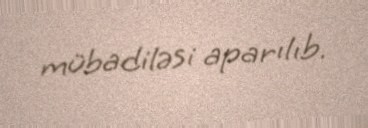
mübadiləsi aparılıb.